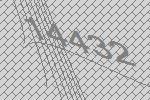
14432